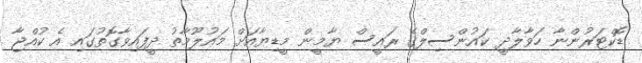
ޑޮކްޓަރުންނާ ހަވާލާދީ ކައުންސިލްގެ ރައީސް ޔާމީން މީޑިޔާއަށް މައުލޫމާތު ދީފައިވާގޮތުގައި އެ ކުއްޖާ